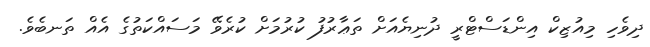
ދިވެހި މިއުޒިކް އިންޑަސްޓްރީ ދުނިޔެއަށް ތަޢާރުފު ކުރުމަށް ކުރެވޭ މަސައްކަތުގެ އެއް ތަނބެވެ.